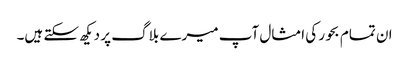
ان تمام بحور کی امثال آپ میرے بلاگ پر دیکھ سکتے ہیں۔